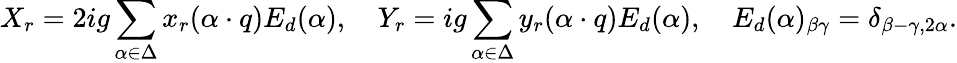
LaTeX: X_{r}=2ig\sum_{\alpha\in\Delta}x_{r}(\alpha\cdot q)E_{d}(\alpha),\quad Y_{r}=ig\sum_{\alpha\in\Delta}y_{r}(\alpha\cdot q)E_{d}(\alpha),\quad E_{d}(\alpha)_{\beta\gamma}=\delta_{\beta-\gamma,2\alpha}.